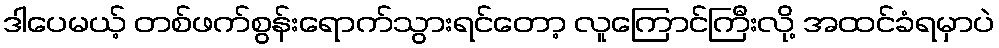
ဒါပေမယ့် တစ်ဖက်စွန်းရောက်သွားရင်တော့ လူကြောင်ကြီးလို့ အထင်ခံရမှာပဲ